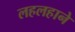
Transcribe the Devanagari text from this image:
लहलहाने